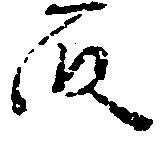
段